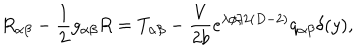
R _ { \alpha \beta } - \frac { 1 } { 2 } g _ { \alpha \beta } R = T _ { \alpha \beta } - \frac { V } { 2 b } e ^ { \lambda \phi / 2 ( D - 2 ) } q _ { \alpha \beta } \delta ( y ) ,